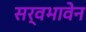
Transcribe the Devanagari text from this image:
सर्वभावेन